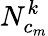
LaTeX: N_{c_{m}}^{k}